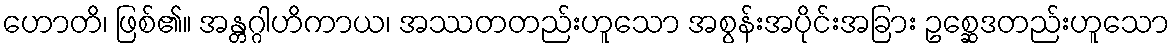
ဟောတိ၊ ဖြစ်၏။ အန္တဂ္ဂါဟိကာယ၊ အဿတတည်းဟူသော အစွန်းအပိုင်းအခြား ဥစ္ဆေဒတည်းဟူသော